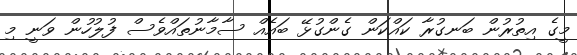
މީގެ އިތުރުން ބަނގުރާ ކައްކަން ގެންގުޅޭ ބައެއް ސާމާނުތައްވެސް ފުލުހުން ވަނީ މި